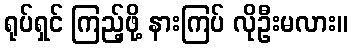
ရုပ်ရှင် ကြည့်ဖို့ နားကြပ် လိုဦးမလား။